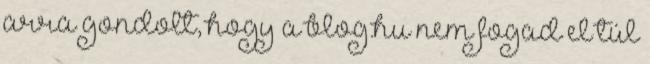
arra gondolt, hogy a blog.hu nem fogad el túl